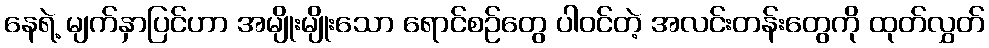
နေရဲ့ မျက်နှာပြင်ဟာ အမျိုးမျိုးသော ရောင်စဉ်တွေ ပါဝင်တဲ့ အလင်းတန်းတွေကို ထုတ်လွှတ်